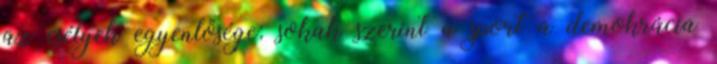
az esélyek egyenlősége: sokak szerint a sport a demokrácia